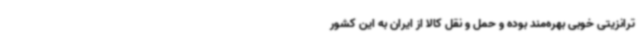
ترانزیتی خوبی بهره‌مند بوده و حمل و نقل کالا از ایران به این کشور